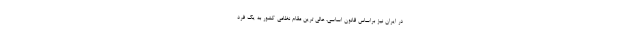
در ایران نیز براساس قانون اساسی، عالی ترین مقام نظامی کشور به یک فرد